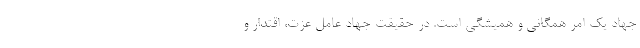
جهاد یک امر همگانی و همیشگی است. در حقیقت جهاد عامل عزت، اقتدار و